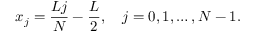
x _ { j } = \frac { L j } { N } - \frac { L } { 2 } , \quad j = 0 , 1 , \dots , N - 1 .